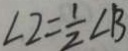
\angle 2 = \frac { 1 } { 2 } \angle B